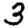
Digit: 3